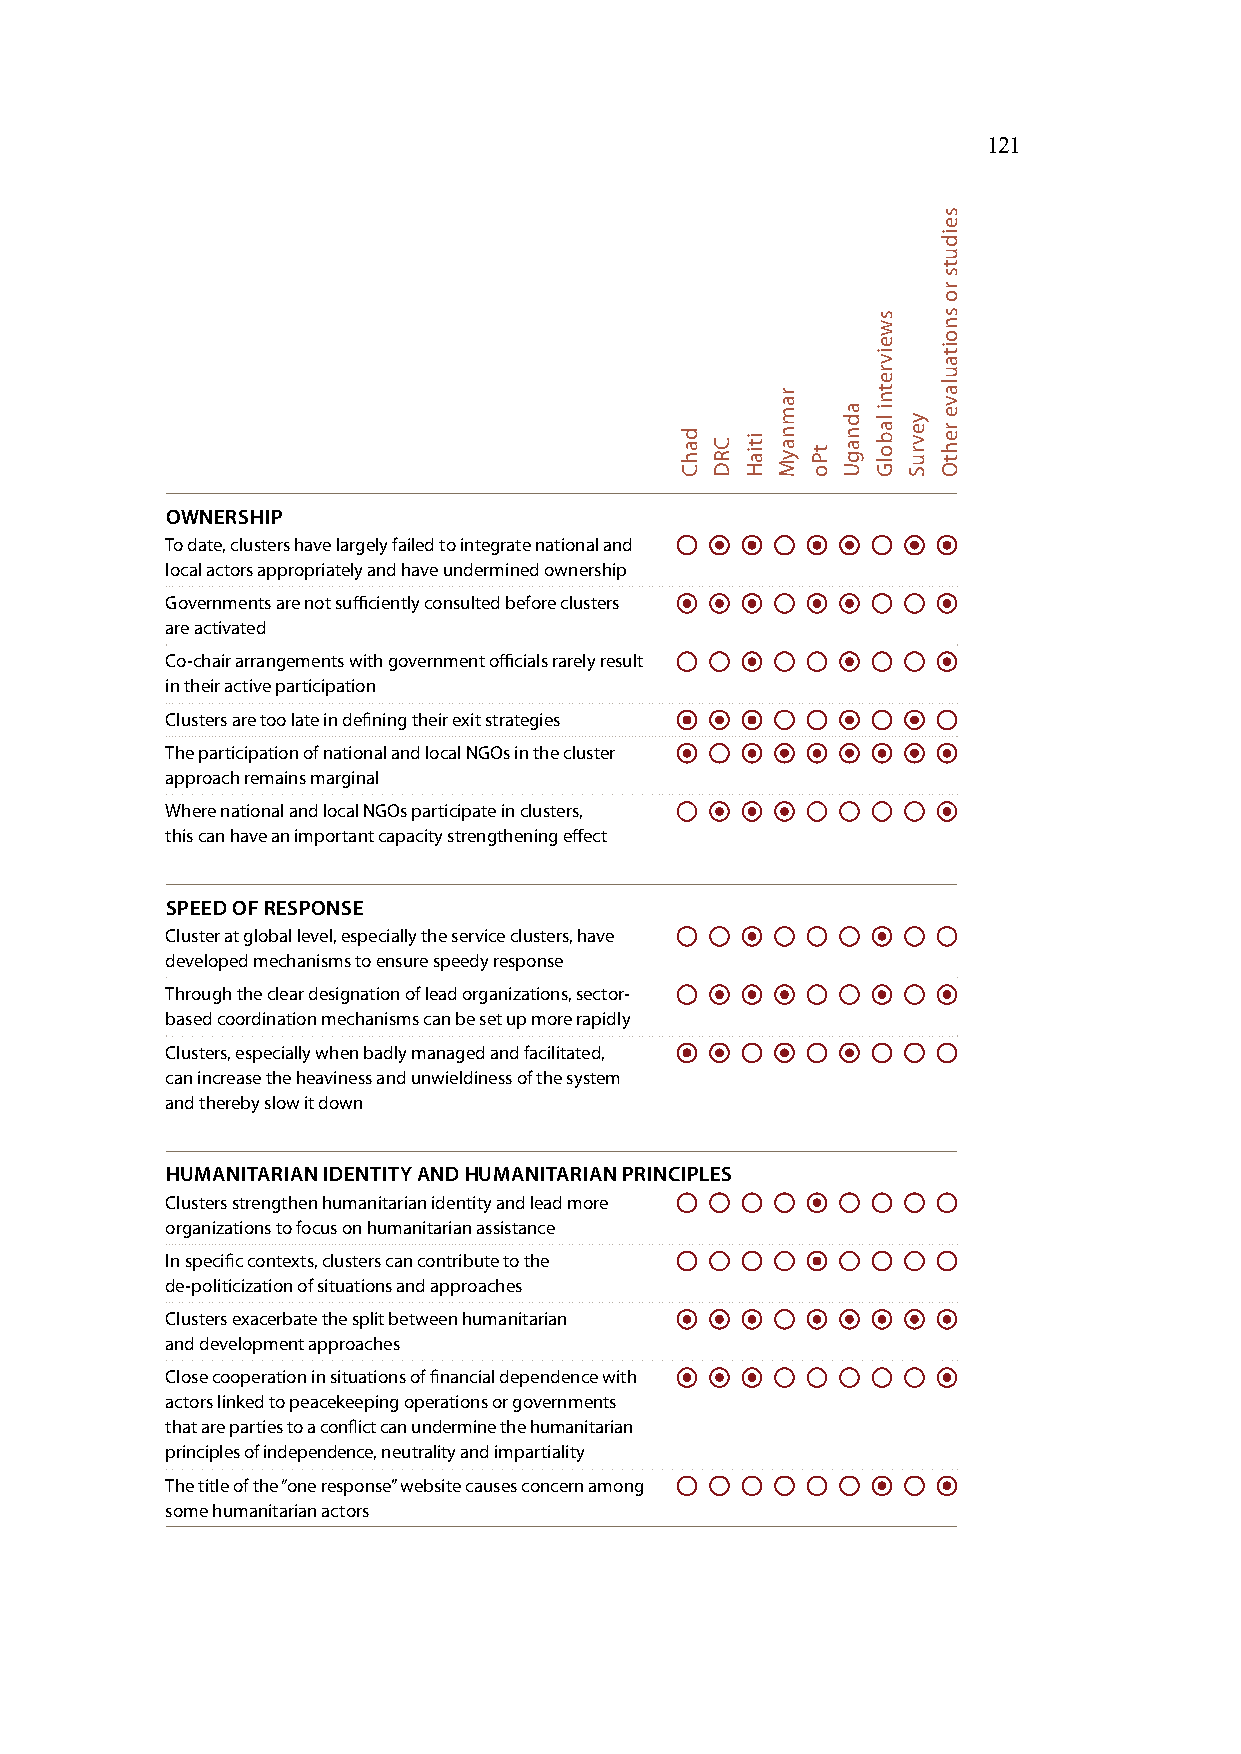
121
 OWNERSHIP
 To date, clusters have largely failed to integrate national and
 local actors appropriately and have undermined ownership
 Governments are not sufficiently consulted before clusters
 are activated
 Co-chair arrangements with government officials rarely result
 in their active participation
 Clusters are too late in defining their exit strategies
 The participation of national and local NGOs in the cluster
 approach remains marginal
 Where national and local NGOs participate in clusters,
 this can have an important capacity strengthening effect
 SPEED OF RESPONSE
 Cluster at global level, especially the service clusters, have
 developed mechanisms to ensure speedy response
 Through the clear designation of lead organizations, sector-
 based coordination mechanisms can be set up more rapidly
 Clusters, especially when badly managed and facilitated,
 can increase the heaviness and unwieldiness of the system
 and thereby slow it down
 HUMANITARIAN IDENTITY AND HUMANITARIAN PRINCIPLES
 Clusters strengthen humanitarian identity and lead more
 organizations to focus on humanitarian assistance
 In specific contexts, clusters can contribute to the
 de-politicization of situations and approaches
 Clusters exacerbate the split between humanitarian
 and development approaches
 Close cooperation in situations of financial dependence with
 actors linked to peacekeeping operations or governments
 that are parties to a conflict can undermine the humanitarian
 principles of independence, neutrality and impartiality
 The title of the “one response” website causes concern among
 some humanitarian actors
 dahC CRD itiaH
 ramnayM
 tPo
 adnagU
 sweivretni
 labolG yevruS
 seiduts
 ro
 snoitaulave
 rehtO